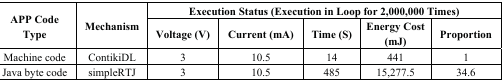
<table><thead><tr><td rowspan="2"><b>APP Code Type</b></td><td rowspan="2"><b>Mechanism</b></td><td colspan="5"><b>Execution Status (Execution in Loop for 2,000,000 Times)</b></td></tr><tr><td><b>Voltage (V)</b></td><td><b>Current (mA)</b></td><td><b>Time (S)</b></td><td><b>Energy Cost (mJ)</b></td><td><b>Proportion</b></td></tr></thead><tbody><tr><td>Machine code</td><td>ContikiDL</td><td>3</td><td>10.5</td><td>14</td><td>441</td><td>1</td></tr><tr><td>Java byte code</td><td>simpleRTJ</td><td>3</td><td>10.5</td><td>485</td><td>15,277.5</td><td>34.6</td></tr></tbody></table>